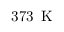
3 7 3 \, \mathrm { ~ K ~ }